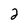
Character: 2